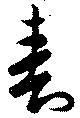
春